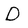
Character: D